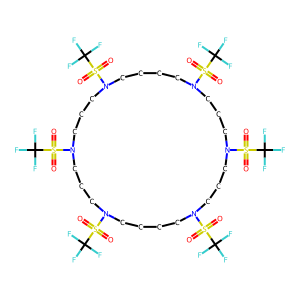
SMILES: O=S(=O)(N1CCCCN(S(=O)(=O)C(F)(F)F)CCCN(S(=O)(=O)C(F)(F)F)CCCN(S(=O)(=O)C(F)(F)F)CCCCN(S(=O)(=O)C(F)(F)F)CCCN(S(=O)(=O)C(F)(F)F)CCC1)C(F)(F)F
Inhibits HIV replication: No